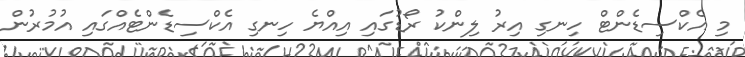
މި އެކްސިޑެންޓް ހިނގި އިރު ލިންކު ރޯޑުގައި އިއްޔެ ހިނގި އެކްސިޑެންޓެއްގައި އުމުރުން